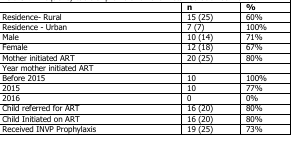
<table><thead><tr><td></td><td><b>n</b></td><td><b>%</b></td></tr></thead><tbody><tr><td>Residence- Rural</td><td>15 (25)</td><td>60%</td></tr><tr><td>Residence - Urban</td><td>7 (7)</td><td>100%</td></tr><tr><td>Male</td><td>10 (14)</td><td>71%</td></tr><tr><td>Female</td><td>12 (18)</td><td>67%</td></tr><tr><td>Mother initiated ART</td><td>20 (25)</td><td>80%</td></tr><tr><td>Year mother initiated ART</td><td></td><td></td></tr><tr><td>Before 2015</td><td>10</td><td>100%</td></tr><tr><td>2015</td><td>10</td><td>77%</td></tr><tr><td>2016</td><td>0</td><td>0%</td></tr><tr><td>Child referred for ART</td><td>16 (20)</td><td>80%</td></tr><tr><td>Child Initiated on ART</td><td>16 (20)</td><td>80%</td></tr><tr><td>Received INVP Prophylaxis</td><td>19 (25)</td><td>73%</td></tr></tbody></table>